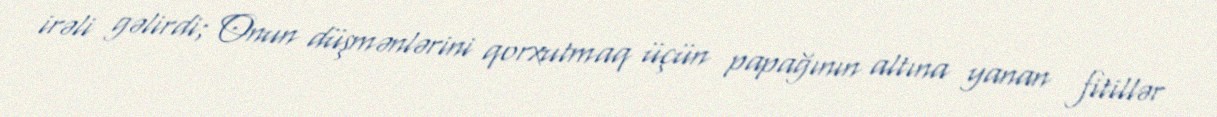
irəli gəlirdi; Onun düşmənlərini qorxutmaq üçün papağının altına yanan fitillər